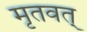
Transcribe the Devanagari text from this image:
मृतवत्